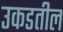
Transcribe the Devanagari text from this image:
उकडतील